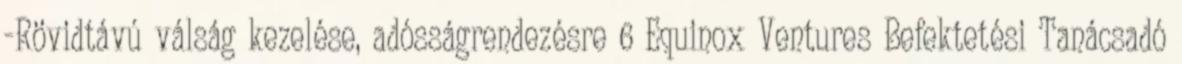
-Rövidtávú válság kezelése, adósságrendezésre 6 Equinox Ventures Befektetési Tanácsadó